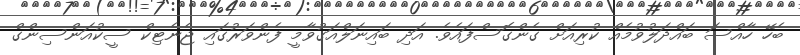
ބެހޭ ހާއްސަ ބައްދަލުވުމެއް ކުރިއަށް ގެންގޮސްފައެވެ. އަދި ބައިނަލްއަގުވާމީ ފެންވަރުގައި ޖެނެޓިކް ސީކުއަންސިންގް